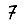
Digit: 7